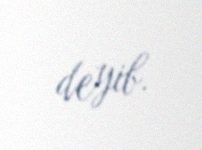
deyib.